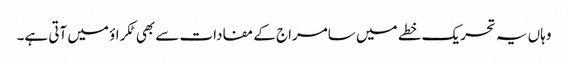
وہاں یہ تحریک خطے میں سامراج کے مفادات سے بھی ٹکراؤ میں آتی ہے۔